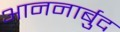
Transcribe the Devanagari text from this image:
आननार्बुद